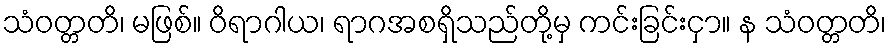
သံဝတ္တတိ၊ မဖြစ်။ ဝိရာဂါယ၊ ရာဂအစရှိသည်တို့မှ ကင်းခြင်းငှာ။ န သံဝတ္တတိ၊